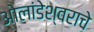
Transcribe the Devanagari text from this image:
ओलांडेश्वराचे